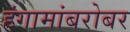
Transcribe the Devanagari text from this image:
हंगामांबरोबर